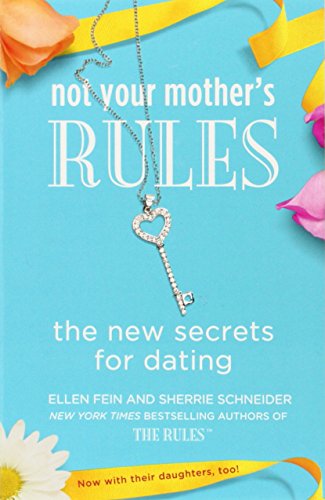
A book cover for Not Your Mother's Rules: The New Secrets for Dating (The Rules); Ellen Fein; Self-Help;